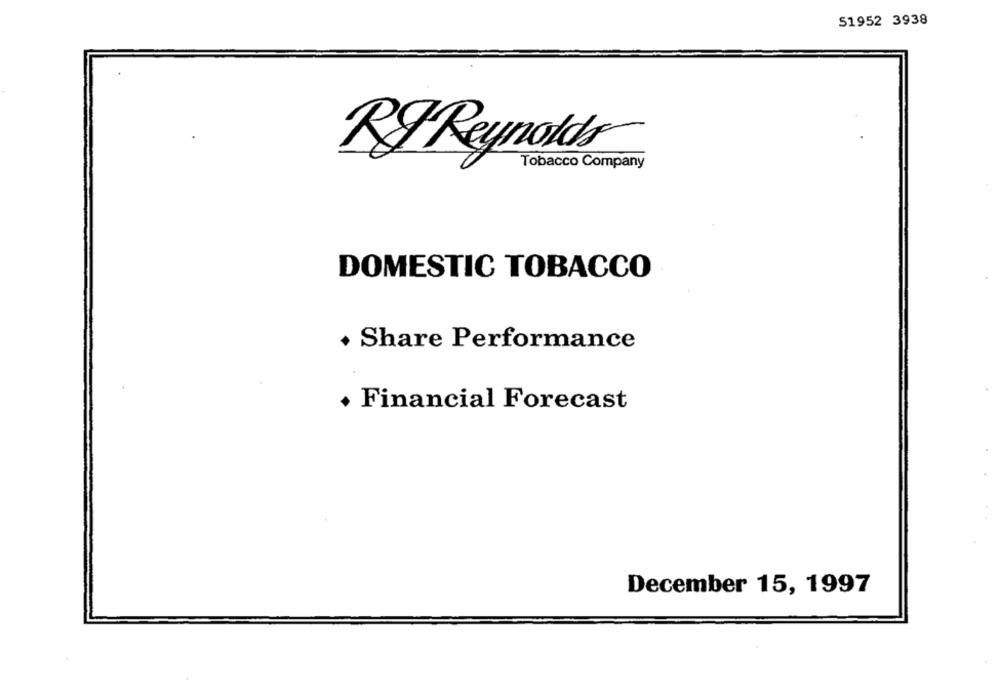
51952 3938
RI Reynolds
Tobacco Company
DOMESTIC TOBACCO
+ Share Performance
· Financial Forecast
December 15, 1997